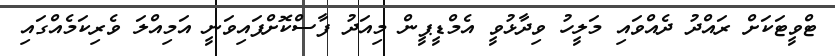
ޓްވީޓަކަށް ރައްދު ދެއްވައި މަލީހު ވިދާޅުވީ އެމްޑީޕީން މިއަދު ފާސްކޮށްފައިވަނީ އަމިއްލަ ވެރިކަމެއްގައި